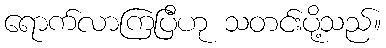
ရောက်လာကြပြီဟု သတင်းပို့သည်။